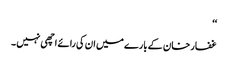
‘‘
غفار خان کے بارے میں ان کی رائے اچھی نہیں ۔